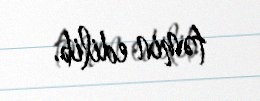
təmin edilib.